65_HS1-834228961_62-HQ-83894_Section_8
Agency: FBI
Page 150
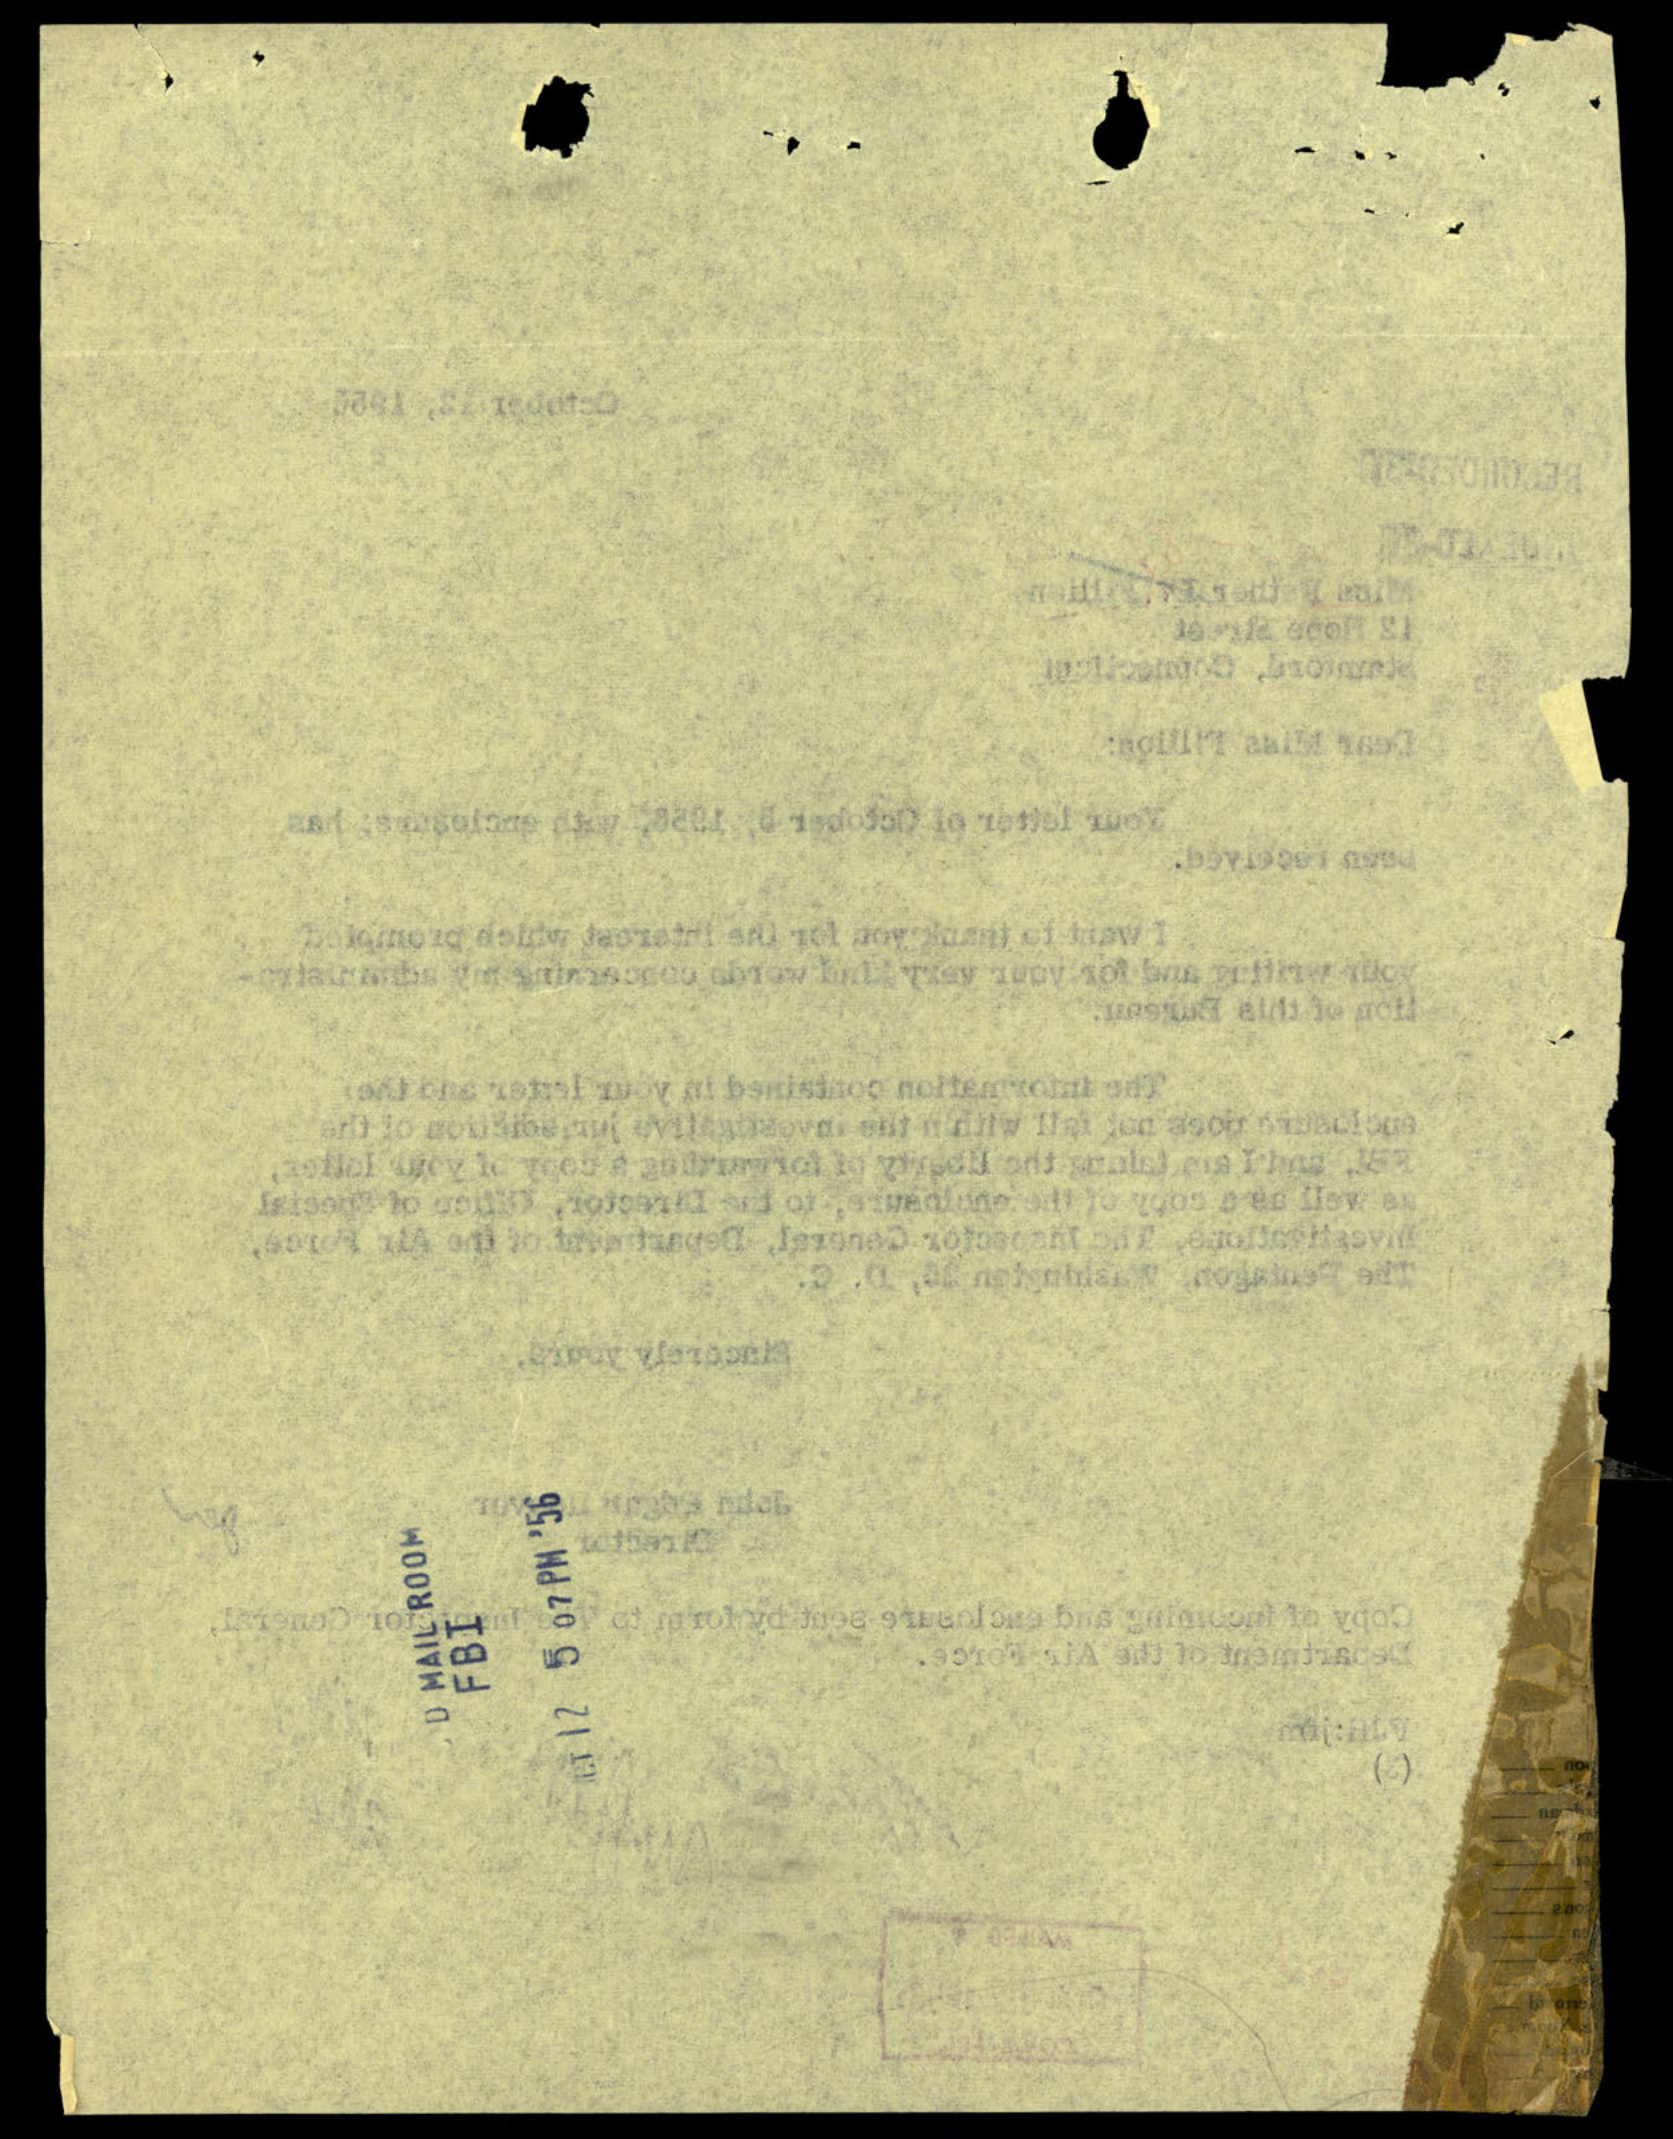